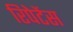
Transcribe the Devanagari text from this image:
रिपेटेंस